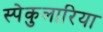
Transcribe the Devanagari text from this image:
स्पेकुलारिया